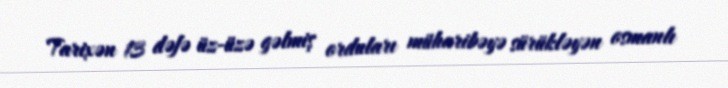
Tarixən 13 dəfə üz-üzə gəlmiş orduları müharibəyə sürükləyən osmanlı